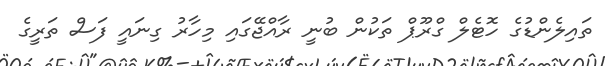
ތައިލެންޑުގެ ހޮޓެލް ގްރޫޕް ތަކުން ބުނީ ރާއްޖޭގައި މިހާރު ގިނައީ ފަސް ތަރީގެ